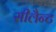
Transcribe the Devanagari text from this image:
सीलैन्ट